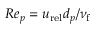
R e _ { p } = \boldsymbol { u } _ { \mathrm { r e l } } d _ { p } / \nu _ { \mathrm { f } }